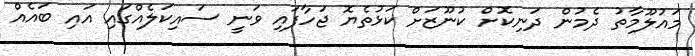
މައުލޫމާތު ދެމުން ދަނިކޮށް ކުނޫޒަށް ކަޅުތެޔޮ ޖަހާފައި ވަނީ ސައިކަލެއްގައި އައި ބައެއް